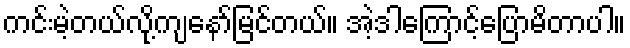
ကင်းမဲ့တယ်လို့ကျနော်မြင်တယ်။ အဲ့ဒါကြောင့်ပြောမိတာပါ။